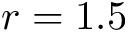
r = 1 . 5